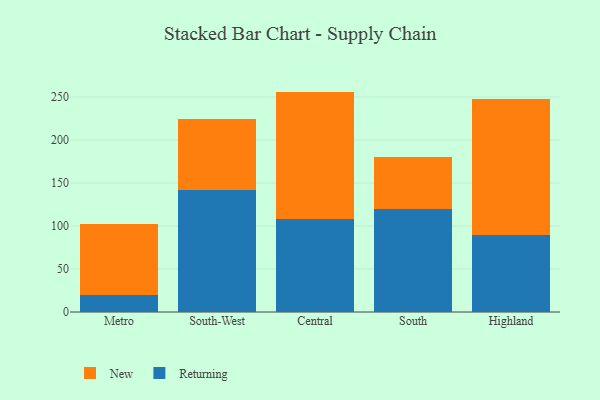
{"axis": {"x": "Region", "y": "Temperature (°C)"}, "legend": ["New", "Returning"], "data": [{"x": "Metro", "y": 19.7, "type": "Returning"}, {"x": "Metro", "y": 82.3, "type": "New"}, {"x": "South-West", "y": 142.0, "type": "Returning"}, {"x": "South-West", "y": 82.7, "type": "New"}, {"x": "Central", "y": 108.0, "type": "Returning"}, {"x": "Central", "y": 148.3, "type": "New"}, {"x": "South", "y": 119.5, "type": "Returning"}, {"x": "South", "y": 61.3, "type": "New"}, {"x": "Highland", "y": 89.4, "type": "Returning"}, {"x": "Highland", "y": 157.9, "type": "New"}]}